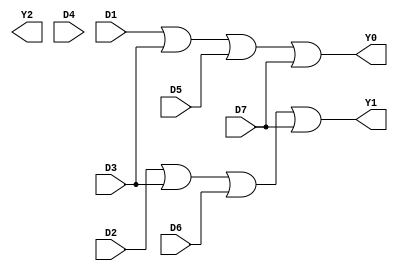
module encoder_8_3(Y0, Y1, Y2, D1, D2, D3, D4, D5,D6, D7);
	
	output Y0, Y1, Y2;
	input D1, D2, D3, D4, D5,D6, D7;
	
	or o1(Y0, D1, D3, D5, D7);
	or o2(Y1, D2, D3, D6, D7);
	or o3(Y3, D4, D5, D6, D7);

endmodule